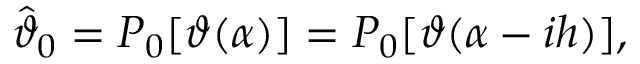
\hat { \vartheta } _ { \boldsymbol 0 } = P _ { 0 } [ \vartheta ( \alpha ) ] = P _ { 0 } [ \vartheta ( \alpha - i h ) ] ,